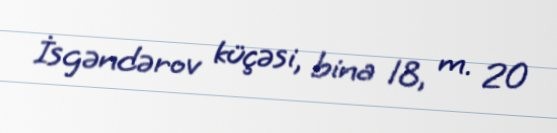
İsgəndərov küçəsi, bina 18, m. 20